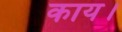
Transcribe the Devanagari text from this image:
काय।